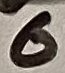
Text: 6